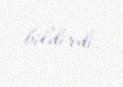
bildirdi.